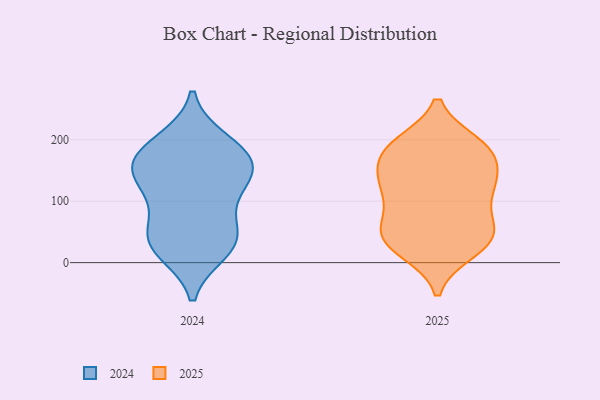
{"axis": {"x": "Shipments", "y": "Value"}, "legend": ["2024", "2025"], "data": [{"x": "", "y": 189, "type": "2024"}, {"x": "", "y": 48, "type": "2024"}, {"x": "", "y": 19, "type": "2024"}, {"x": "", "y": 198, "type": "2024"}, {"x": "", "y": 40, "type": "2024"}, {"x": "", "y": 176, "type": "2024"}, {"x": "", "y": 24, "type": "2024"}, {"x": "", "y": 154, "type": "2024"}, {"x": "", "y": 157, "type": "2024"}, {"x": "", "y": 105, "type": "2024"}, {"x": "", "y": 45, "type": "2024"}, {"x": "", "y": 152, "type": "2024"}, {"x": "", "y": 113, "type": "2024"}, {"x": "", "y": 143, "type": "2024"}, {"x": "", "y": 45, "type": "2025"}, {"x": "", "y": 133, "type": "2025"}, {"x": "", "y": 22, "type": "2025"}, {"x": "", "y": 176, "type": "2025"}, {"x": "", "y": 122, "type": "2025"}, {"x": "", "y": 46, "type": "2025"}, {"x": "", "y": 170, "type": "2025"}, {"x": "", "y": 138, "type": "2025"}, {"x": "", "y": 114, "type": "2025"}, {"x": "", "y": 193, "type": "2025"}, {"x": "", "y": 32, "type": "2025"}, {"x": "", "y": 58, "type": "2025"}, {"x": "", "y": 67, "type": "2025"}, {"x": "", "y": 49, "type": "2025"}, {"x": "", "y": 105, "type": "2025"}, {"x": "", "y": 190, "type": "2025"}, {"x": "", "y": 193, "type": "2025"}, {"x": "", "y": 182, "type": "2025"}, {"x": "", "y": 131, "type": "2025"}, {"x": "", "y": 19, "type": "2025"}]}